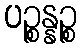
ပဉ္စန္နဉ္စ